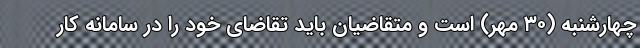
چهارشنبه (۳۰ مهر) است و متقاضیان باید تقاضای خود را در سامانه کار